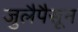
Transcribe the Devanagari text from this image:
जुलैपैसून